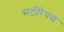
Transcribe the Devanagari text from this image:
सर्टोरियस